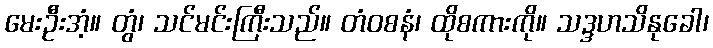
မေးဦးအံ့။ တွံ၊ သင်မင်းကြီးသည်။ တံဝစနံ၊ ထိုစကားကို။ သဒ္ဒဟသိနုခေါ၊